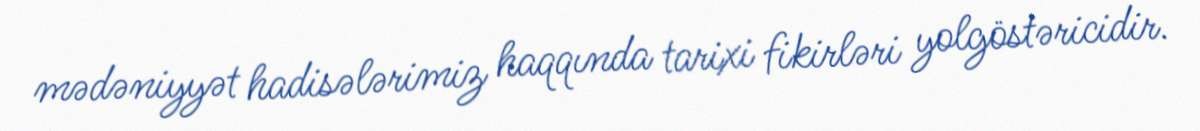
mədəniyyət hadisələrimiz haqqında tarixi fikirləri yolgöstəricidir.